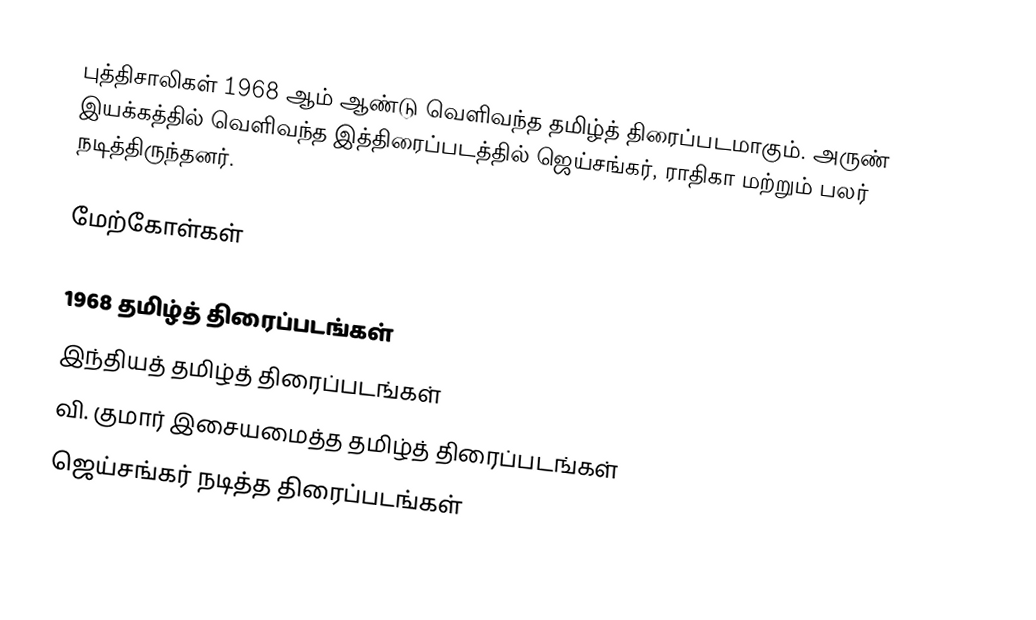
புத்திசாலிகள் 1968 ஆம் ஆண்டு வெளிவந்த தமிழ்த் திரைப்படமாகும். அருண் இயக்கத்தில் வெளிவந்த இத்திரைப்படத்தில் ஜெய்சங்கர், ராதிகா மற்றும் பலர் நடித்திருந்தனர்.

மேற்கோள்கள்

1968 தமிழ்த் திரைப்படங்கள்
இந்தியத் தமிழ்த் திரைப்படங்கள்
வி. குமார் இசையமைத்த தமிழ்த் திரைப்படங்கள்
ஜெய்சங்கர் நடித்த திரைப்படங்கள்